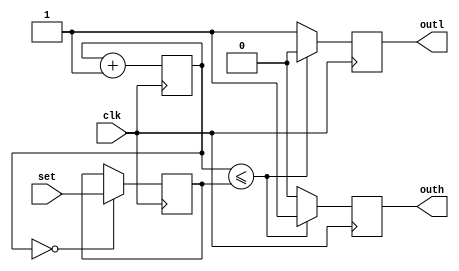
//
// Copyright (c) 2015 Thomas R. Murphy and Case Western Reserve University
// All Rights Reserved
//
// Developed by Thomas Russell Murphy (trm70) during employment as teaching
// assistant of EECS 301 at CWRU.
//
// THIS SOFTWARE IS PROVIDED BY THE COPYRIGHT HOLDERS AND CONTRIBUTORS ``AS IS''
// AND ANY EXPRESS OR IMPLIED WARRANTIES, INCLUDING, BUT NOT LIMITED TO, THE
// IMPLIED WARRANTIES OF MERCHANTABILITY AND FITNESS FOR A PARTICULAR PURPOSE ARE
// DISCLAIMED. IN NO EVENT SHALL THE COPYRIGHT HOLDER OR CONTRIBUTORS BE LIABLE FOR
// ANY DIRECT, INDIRECT, INCIDENTAL, SPECIAL, EXEMPLARY, OR CONSEQUENTIAL DAMAGES
// (INCLUDING, BUT NOT LIMITED TO, PROCUREMENT OF SUBSTITUTE GOODS OR SERVICES;
// LOSS OF USE, DATA, OR PROFITS; OR BUSINESS INTERRUPTION) HOWEVER CAUSED AND ON
// ANY THEORY OF LIABILITY, WHETHER IN CONTRACT, STRICT LIABILITY, OR TORT
// (INCLUDING NEGLIGENCE OR OTHERWISE) ARISING IN ANY WAY OUT OF THE USE OF THIS
// SOFTWARE, EVEN IF ADVISED OF THE POSSIBILITY OF SUCH DAMAGE.
//

module pwm_output
       (
           input wire clk,
           input wire [ 9: 0 ] set,
           output reg outh,
           output reg outl
       );
// Unsigned PWM comparison
// At 50MHz input, division by 2^10 give 48828.125Hz PWM
reg [ 9: 0 ] count, goal;

always @( posedge clk ) begin
    // Always increment counter
    count <= count + 1'b1;

    // Update the comparison goal on counter zero-crossing
    if ( count == 10'b0 ) begin
        goal <= set;
    end
    else begin
        goal <= goal;
    end

    // Create anti-phase PWM outputs
    if ( count <= goal ) begin
        outh <= 1'b1;
        outl <= 1'b0;
    end
    else begin
        outh <= 1'b0;
        outl <= 1'b1;
    end
end

endmodule